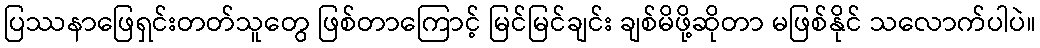
ပြဿနာဖြေရှင်းတတ်သူတွေ ဖြစ်တာကြောင့် မြင်မြင်ချင်း ချစ်မိဖို့ဆိုတာ မဖြစ်နိုင် သလောက်ပါပဲ။